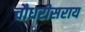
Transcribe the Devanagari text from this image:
चौधरीसराय